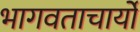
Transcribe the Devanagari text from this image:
भागवताचार्यों